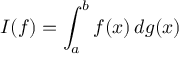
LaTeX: I ( f ) = \int _ { a } ^ { b } f ( x ) \, d g ( x )